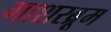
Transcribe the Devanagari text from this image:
गाशरब्रूम